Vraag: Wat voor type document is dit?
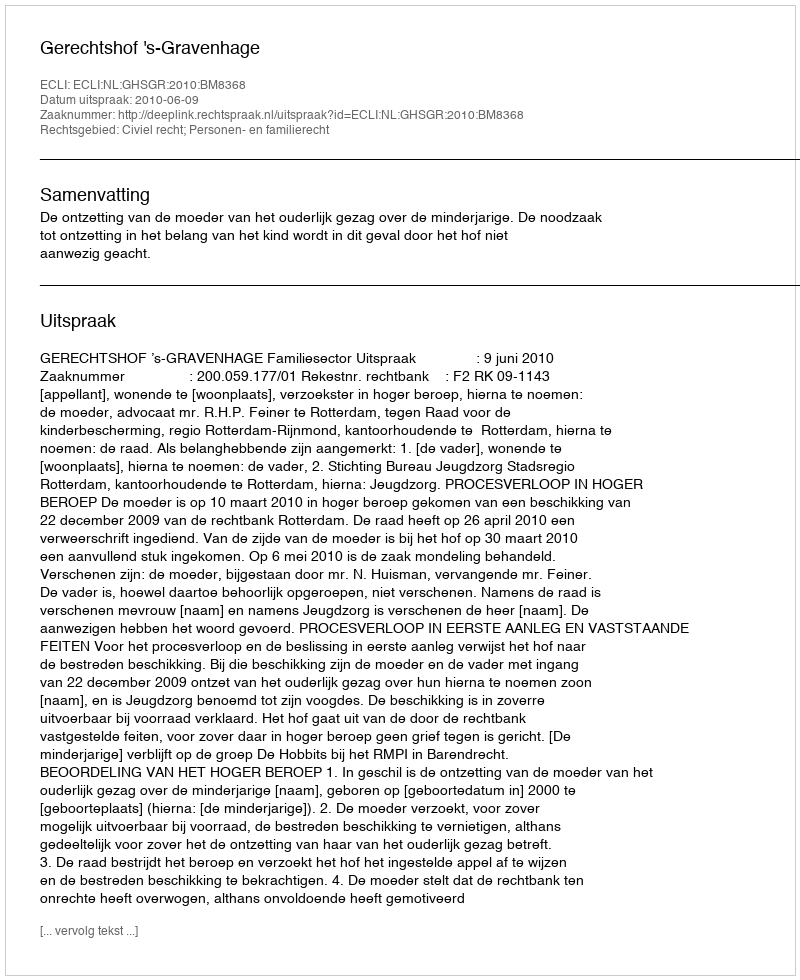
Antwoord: Uitspraak